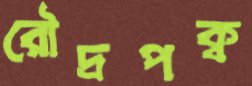
রৌদ্রপক্ব